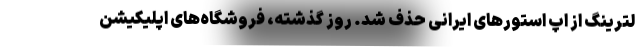
لترینگ از اپ استورهای ایرانی حذف شد. روز گذشته، فروشگاه‌های اپلیکیشن